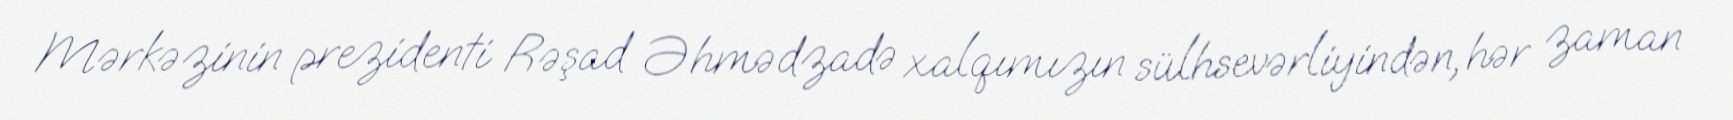
Mərkəzinin prezidenti Rəşad Əhmədzadə xalqımızın sülhsevərliyindən, hər zaman